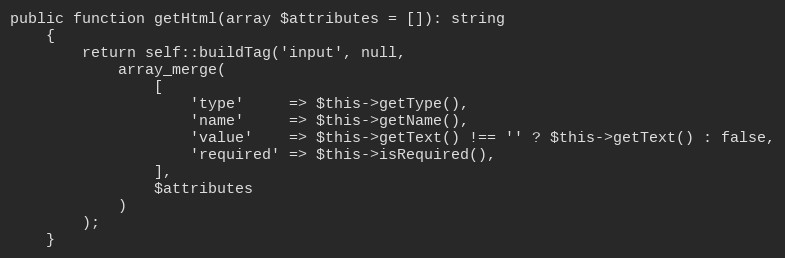
Language: PHP
public function getHtml(array $attributes = []): string
    {
        return self::buildTag('input', null,
            array_merge(
                [
                    'type'     => $this->getType(),
                    'name'     => $this->getName(),
                    'value'    => $this->getText() !== '' ? $this->getText() : false,
                    'required' => $this->isRequired(),
                ],
                $attributes
            )
        );
    }